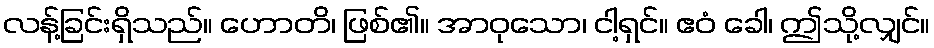
လန့်ခြင်းရှိသည်။ ဟောတိ၊ ဖြစ်၏။ အာဝုသော၊ ငါ့ရှင်။ ဧဝံ ခေါ၊ ဤသို့လျှင်။